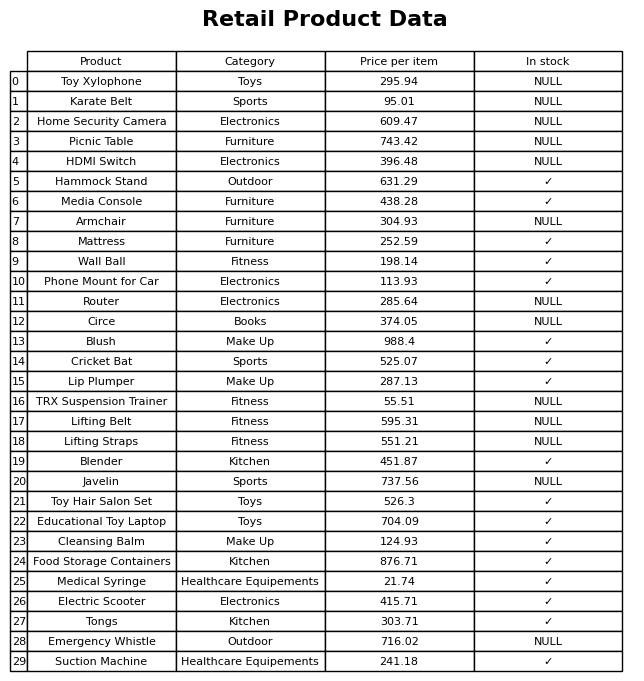
question: What is the price for Home Security Camera?
answer: The price of Home Security Camera is 609.47.